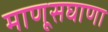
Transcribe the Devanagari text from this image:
माणूसघाणा